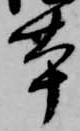
本